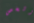
وشخص